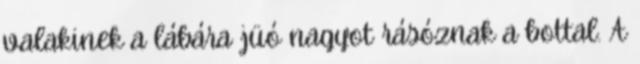
valakinek a lábára jüó nagyot rásóznak a bottal. A